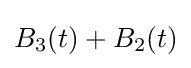
B_{3}(t)+B_{2}(t)